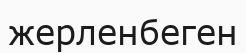
жерленбеген